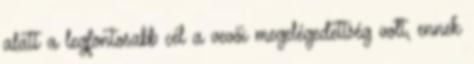
alatt a legfontosabb cél a vevői megelégedettség volt, ennek